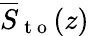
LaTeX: \overline{{S}}_{\mathrm{~t~o~}}(z)